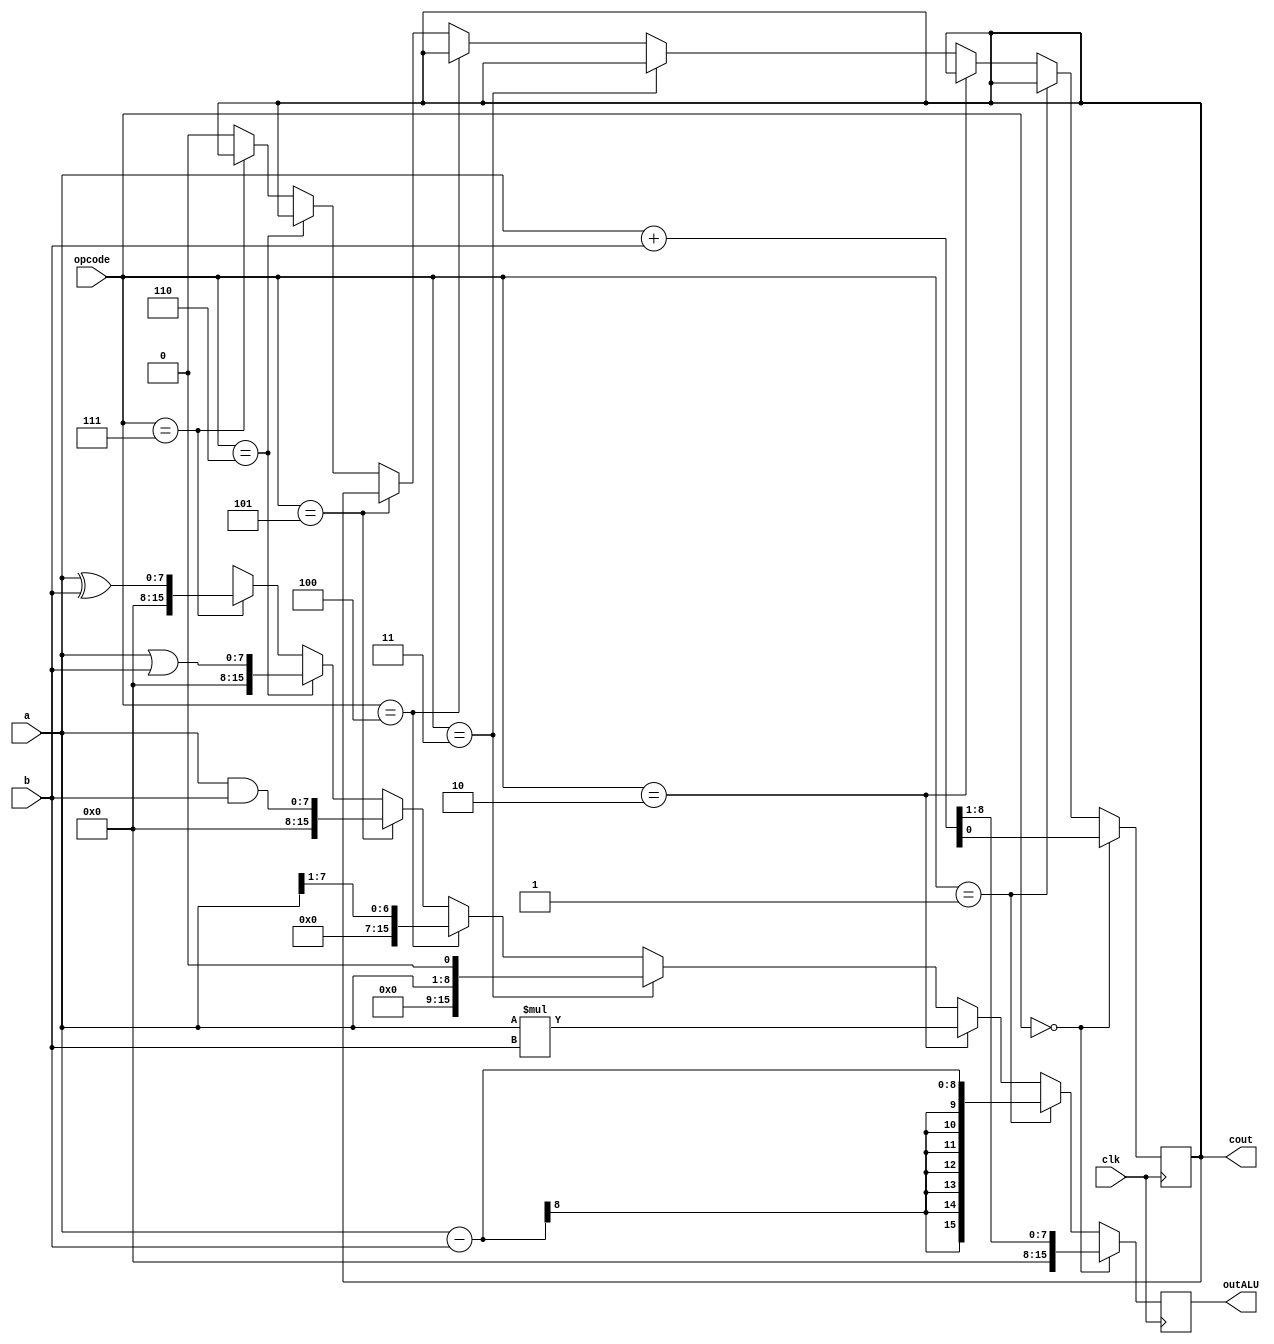
module Bit8_ALU(
    input wire [7:0] a,
    input wire [7:0] b,
    input [2:0] opcode,
    input clk,
    output [15:0] outALU,
    output cout
    );
    reg [15:0] outALU;
    reg cout;
    begin
     
    always@(posedge clk)
    // ADDITION //
    if(opcode == 3'b000)
    begin
    {outALU,cout} = a + b;
    end
    
    // SUBTRACTION //
    else if(opcode == 3'b001)
    begin
    outALU = a - b;
    end
    
    // MULTIPLICATIOM //
    else if(opcode == 3'b010)
    begin
    outALU = a * b;
    end
    
    // LEFT SHIFT //
    else if(opcode == 3'b011)
    begin
    outALU = a << 1;
    end
    
    // RIGHT SHIFT //
    else if(opcode == 3'b100)
    begin
    outALU = a >> 1;
    end
    
    // LOGIC AND //
    else if(opcode == 3'b101)
    begin
    outALU = a & b;
    end
    
    // LOGIC OR //
    else if(opcode == 3'b110)
    begin
    outALU = a | b;
    end
    
    // LOGIC XOR //
    else if(opcode == 3'b111)
    begin
    outALU = a ^ b; 
    end
    
    // INVALID INPUT //
    else 
    begin
    outALU <= 16'hxxxx;
    cout <= 1'b0;
    end
    
    end
endmodule